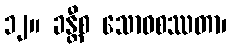
၁၂။ ခန္တီစ သောဝစဿတာ၊